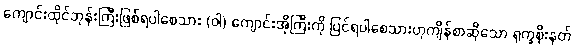
ကျောင်းထိုင်ဘုန်းကြီးဖြစ်ရပါစေသား (ဝါ) ကျောင်းအိုကြီးကို ပြင်ရပါစေသားဟုကျိန်စာဆိုသော ရုက္ခစိုးနတ်